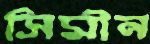
সিমীন